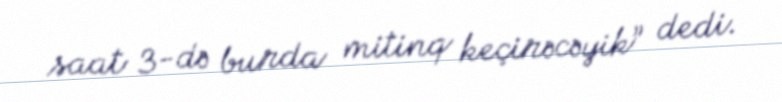
saat 3-də burda mitinq keçirəcəyik” dedi.